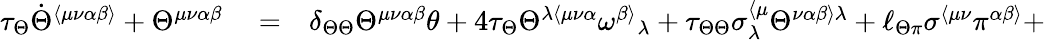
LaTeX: \begin{array}{rlr}{\tau_{\Theta}\dot{\Theta}^{\langle\mu\nu\alpha\beta\rangle}+\Theta^{\mu\nu\alpha\beta}}&{{}=}&{\delta_{\Theta\Theta}\Theta^{\mu\nu\alpha\beta}\theta+4\tau_{\Theta}\Theta^{\lambda\langle\mu\nu\alpha}\omega^{\beta\rangle}{}_{\lambda}+\tau_{\Theta\Theta}\sigma_{\lambda}^{\langle\mu}\Theta^{\nu\alpha\beta\rangle\lambda}+\ell_{\Theta\pi}\sigma^{\langle\mu\nu}\pi^{\alpha\beta\rangle}+}\end{array}